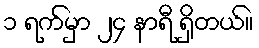
၁ ရက်မှာ ၂၄ နာရီ ရှိတယ်။